Insane asylums Bombay 1873-77 - 1873-1877
Year: 1873
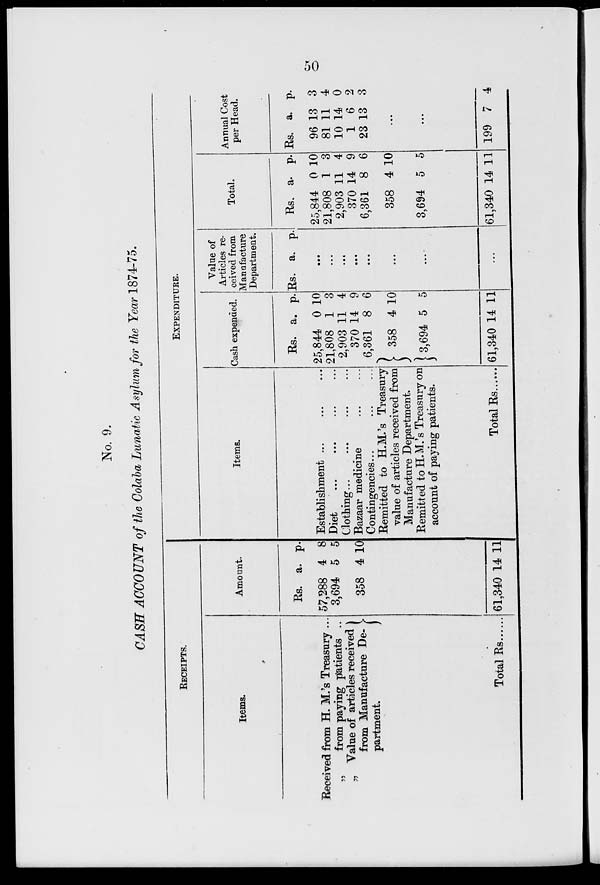
50
No. 9.
CASH ACCOUNT of the Colaba Lunatic Asylum for the Year 1874-75.
RECEIPTS.
Items.
Received from H. M.'s Treasury ...
„
from paying patients ..
„ Value of articles received
from Manufacture De-
partment.
Total Rs......
Amount.
Rs.
57,288
3,694
358
a.
4
5
4
p.
8
5
10
61,340 14 11
Items.
Establishment ... ... ...
Diet
...
...
...
...
Clothing . . . . . . ... ...
Bazaar medicine ... ...
Contingencies . . . ... ...
Remitted to H.M.'s Treasury
value of articles received from
Manufacture Department.
Remitted to H.M.'s Treasury on
account of paying patients.
Total Rs
EXPENDITURE.
Cash expended.
Rs.
25,844
21,808
2,903
370
6,361
358
3,694
61,340
a.
0
1
11
14
8
4
5
14
p.
10
3
4
9
6
10
5
11
Value of
Articles re-
ceived from
Manufacture
Department.
Rs. a. p.
...
...
...
...
...
...
...
...
Total.
Rs.
25,844
21,808
2,903
370
6,361
358
3,694
61,340
a.
0
1
11
14
8
4
5
14
p.
10
3
4
9
6
10
5
11
Annual Cost
per Head.
Rs.
96
81
10
1
23
a.
13
11
14
6
13
p.
3
4
0
2
3
...
...
199 7 4